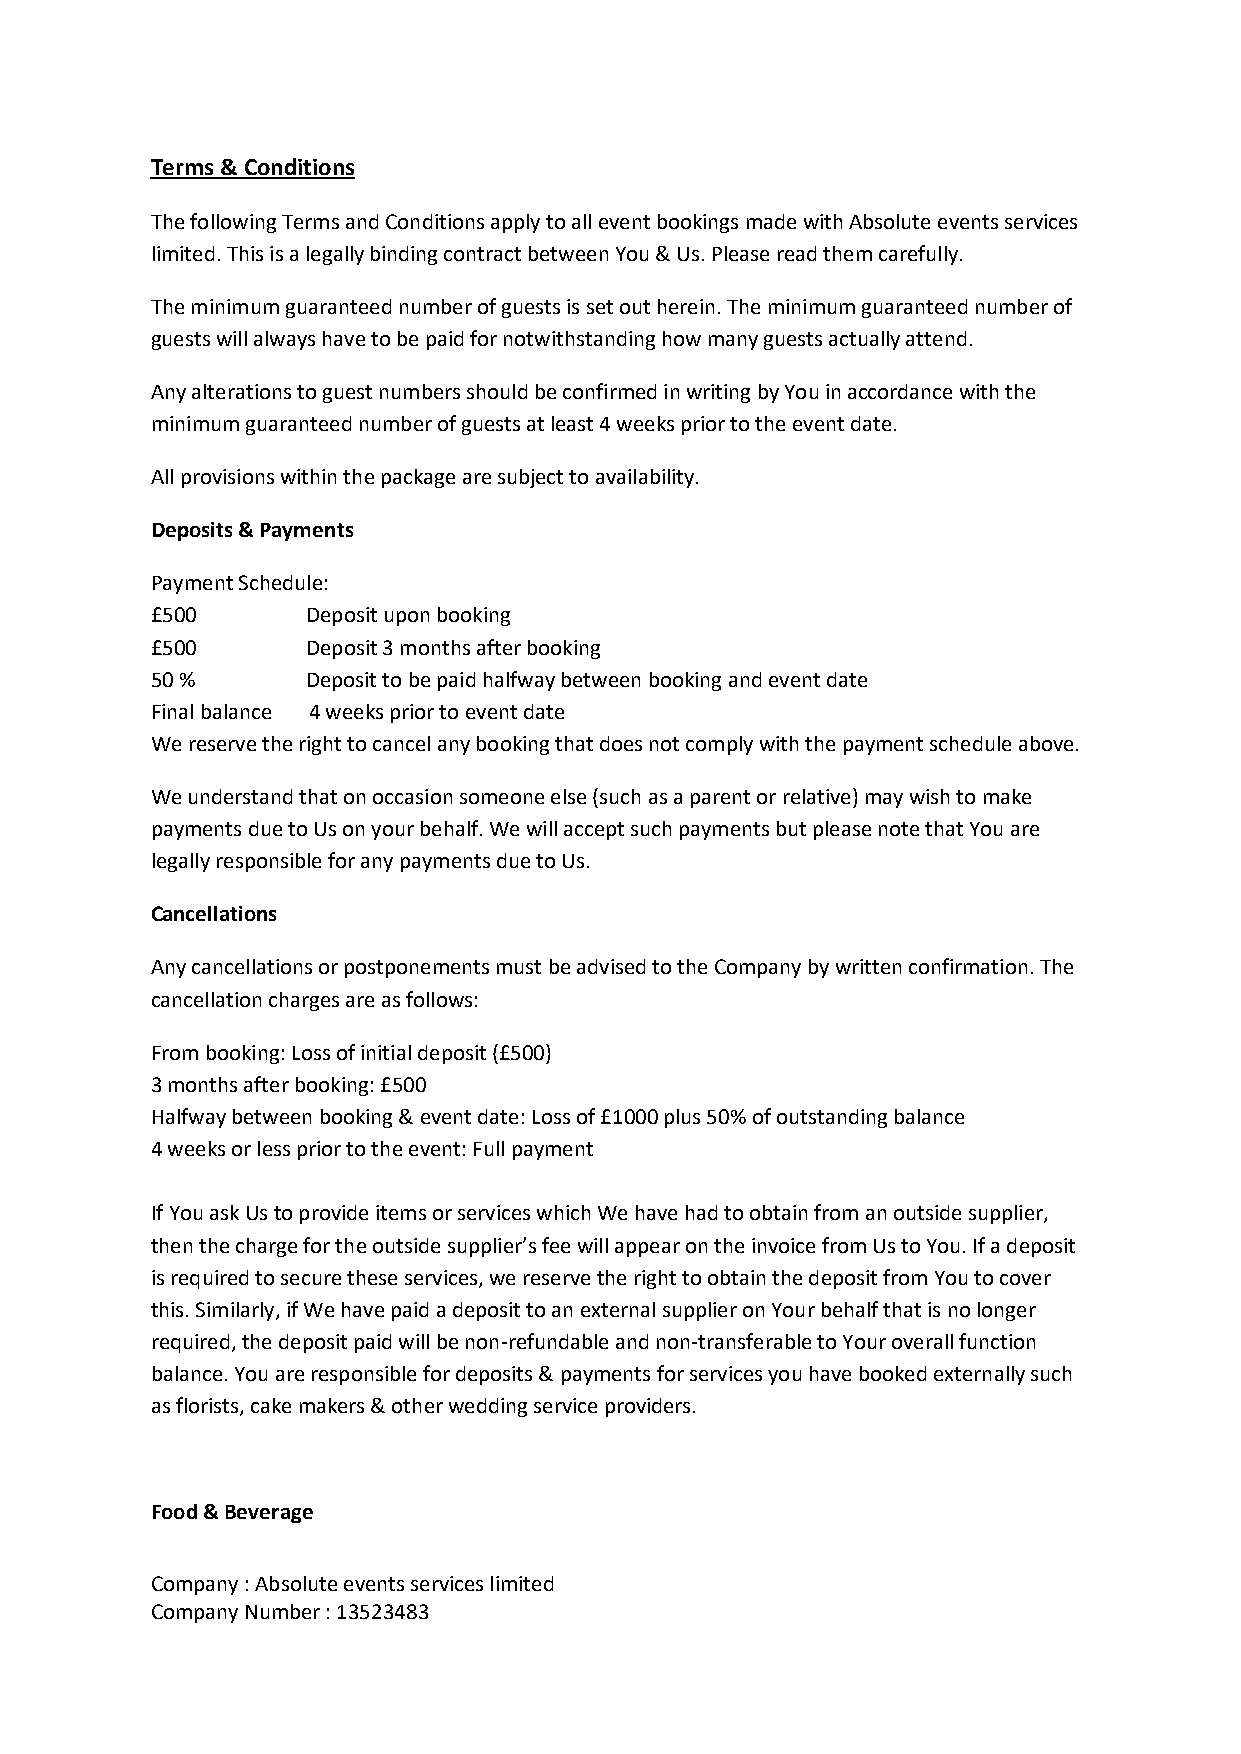
Terms & Conditions
 The following Terms and Conditions apply to all event bookings made with Absolute events services
 limited. This is a legally binding contract between You & Us. Please read them carefully.
 The minimum guaranteed number of guests is set out herein. The minimum guaranteed number of
 guests will always have to be paid for notwithstanding how many guests actually attend.
 Any alterations to guest numbers should be confirmed in writing by You in accordance with the
 minimum guaranteed number of guests at least 4 weeks prior to the event date.
 All provisions within the package are subject to availability.
 Deposits & Payments
 Payment Schedule:
 £500      Deposit upon booking
 £500      Deposit 3 months after booking
 50 %      Deposit to be paid halfway between booking and event date
 Final balance 4 weeks prior to event date
 We reserve the right to cancel any booking that does not comply with the payment schedule above.
 We understand that on occasion someone else (such as a parent or relative) may wish to make
 payments due to Us on your behalf. We will accept such payments but please note that You are
 legally responsible for any payments due to Us.
 Cancellations
 Any cancellations or postponements must be advised to the Company by written confirmation. The
 cancellation charges are as follows:
 From booking: Loss of initial deposit (£500)
 3 months after booking: £500
 Halfway between booking & event date: Loss of £1000 plus 50% of outstanding balance
 4 weeks or less prior to the event: Full payment
 If You ask Us to provide items or services which We have had to obtain from an outside supplier,
 then the charge for the outside supplier’s fee will appear on the invoice from Us to You. If a deposit
 is required to secure these services, we reserve the right to obtain the deposit from You to cover
 this. Similarly, if We have paid a deposit to an external supplier on Your behalf that is no longer
 required, the deposit paid will be non-refundable and non-transferable to Your overall function
 balance. You are responsible for deposits & payments for services you have booked externally such
 as florists, cake makers & other wedding service providers.
 Food & Beverage
 Company : Absolute events services limited
 Company Number : 13523483